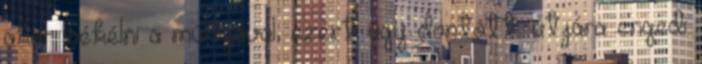
akar békélni a múltjával, ezért úgy döntött, útjára engedi